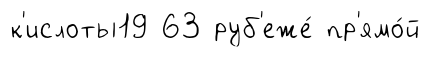
к'ислоты19 63 руб'еже́ пр'ямо́й